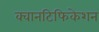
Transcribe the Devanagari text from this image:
क्वानटिफिकेशन